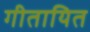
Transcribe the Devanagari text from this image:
गीतायित